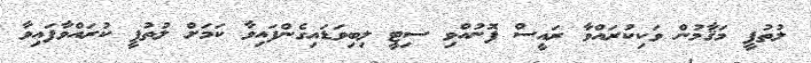
ލުތުފީ މަޤާމުން ވަކިކުރައްވާ ރައީސް ފޮނުއްވި ސިޓީ ލިބިވަޑައިގެންފައިވާ ކަމަށް ލުތުފީ ކުރައްވާފައިވާ